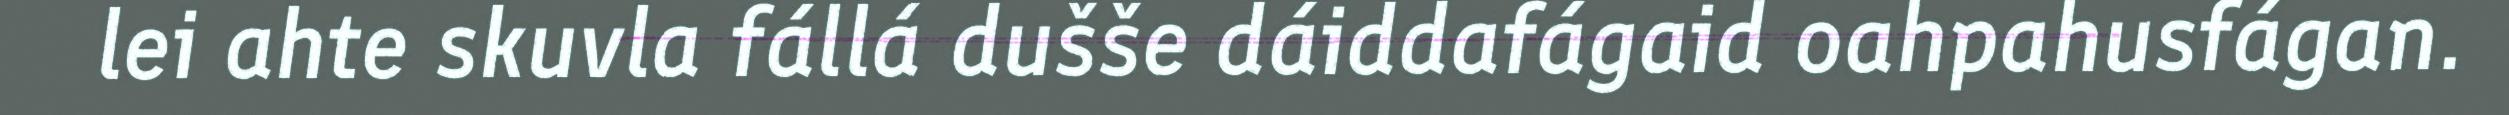
lei ahte skuvla fállá dušše dáiddafágaid oahpahusfágan.